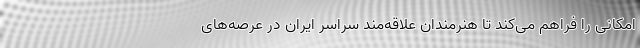
امکانی را فراهم می‌کند تا هنرمندان علاقه‌مند سراسر ایران در عرصه‌های